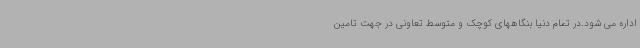
اداره می شود.در تمام دنیا بنگاههای کوچک و متوسط تعاونی در جهت تامین